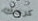
كرمك